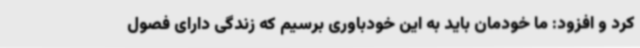
کرد و افزود: ما خودمان باید به این خودباوری برسیم که زندگی دارای فصول